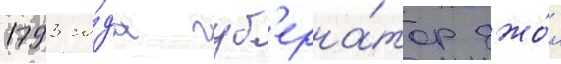
1793 го́да губ'ерна́тор джо́н